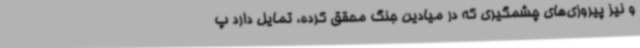
و نیز پیروزی‌های چشمگیری که در میادین جنگ محقق کرده، تمایل دارد پ